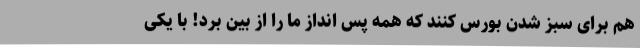
هم برای سبز شدن بورس کنند که همه پس انداز ما را از بین برد! با یکی